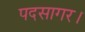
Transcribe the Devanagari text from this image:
पदसागर।